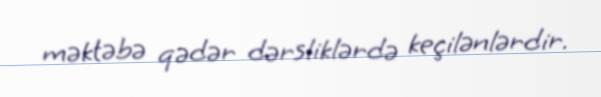
məktəbə qədər dərsliklərdə keçilənlərdir.